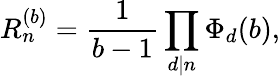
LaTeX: R_{n}^{(b)}={\frac{1}{b-1}}\prod_{d|n}\Phi_{d}(b),